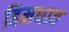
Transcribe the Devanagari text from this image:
हिमधाव